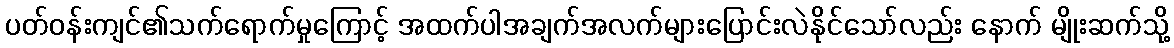
ပတ်ဝန်းကျင်၏သက်ရောက်မှုကြောင့် အထက်ပါအချက်အလက်များပြောင်းလဲနိုင်သော်လည်း နောက် မျိုးဆက်သို့